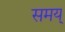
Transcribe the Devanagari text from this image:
समय्